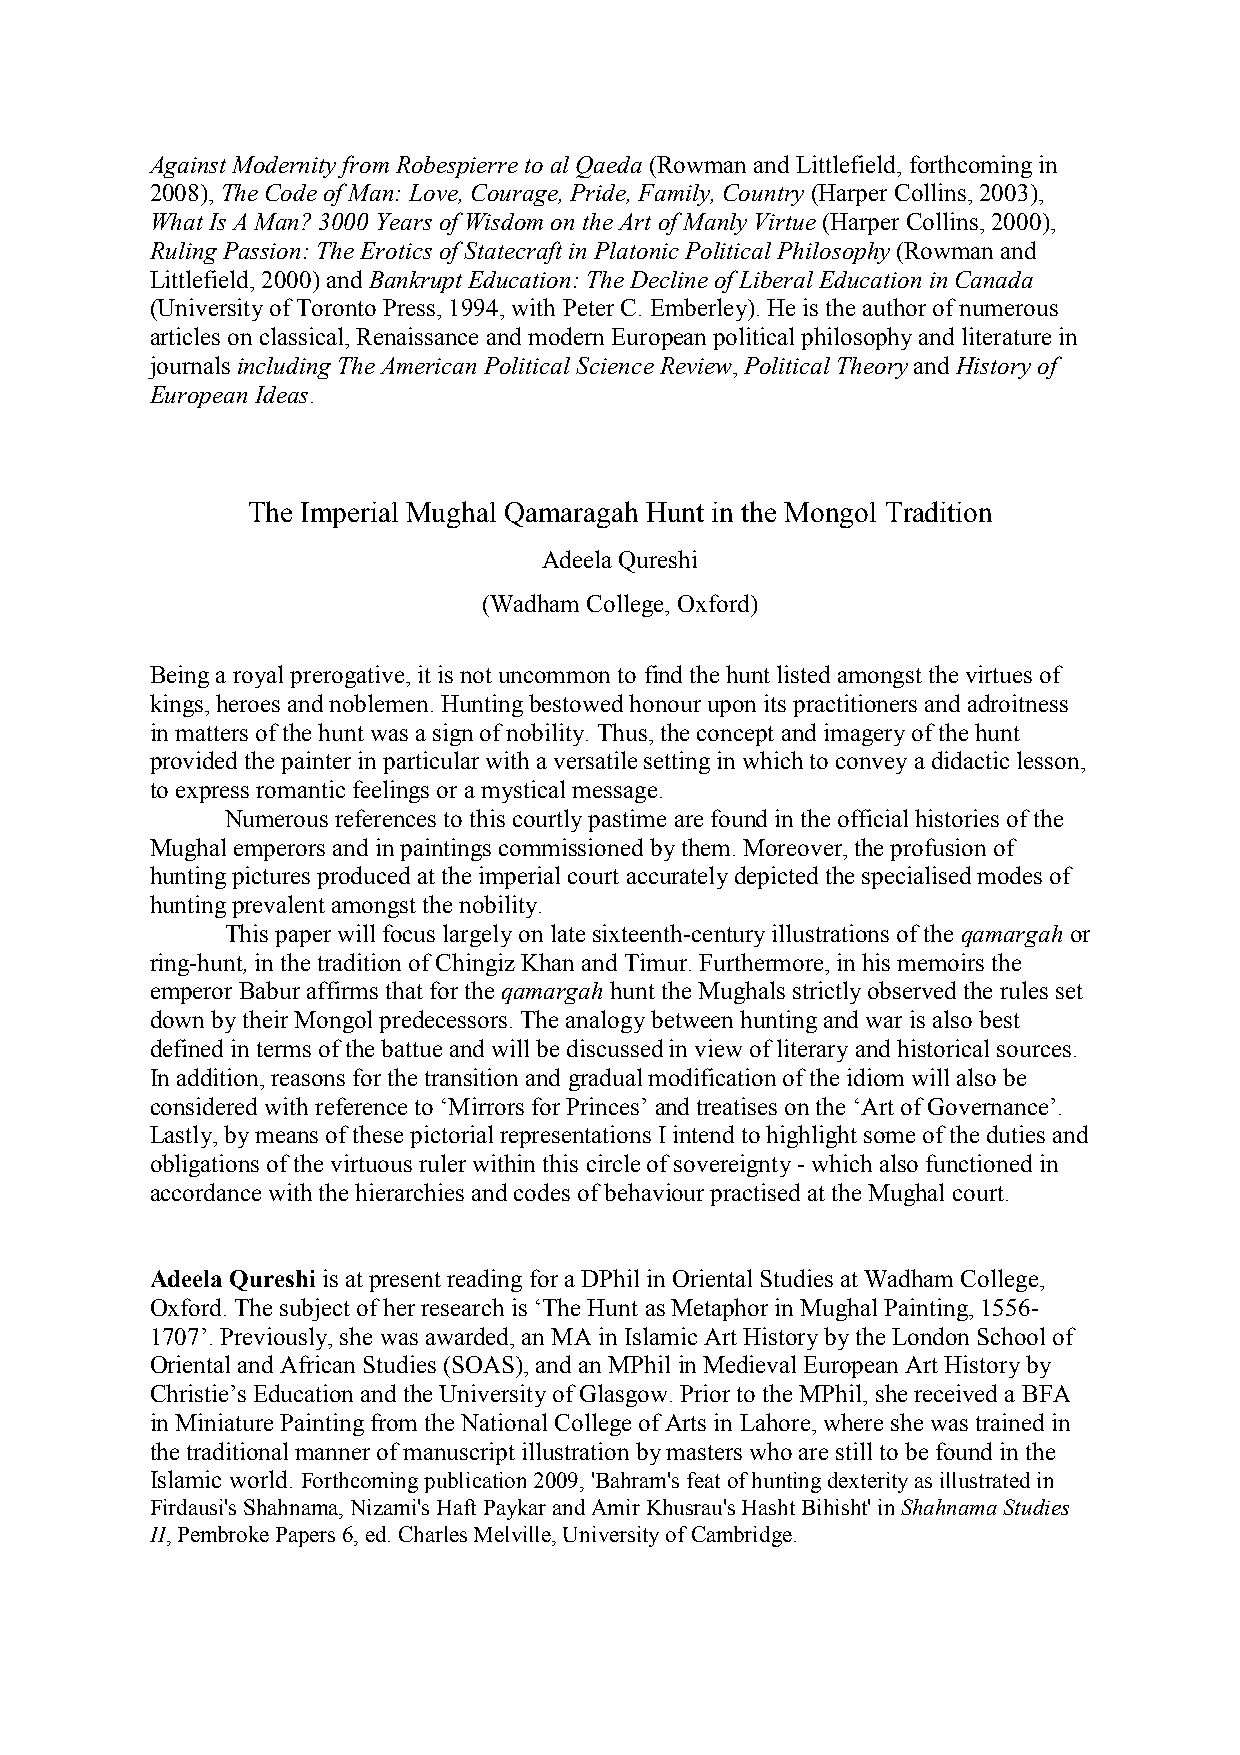
Against Modernity from Robespierre to al Qaeda (Rowman and Littlefield, forthcoming in
 2008), The Code of Man: Love, Courage, Pride, Family, Country (Harper Collins, 2003),
 What Is A Man? 3000 Years of Wisdom on the Art of Manly Virtue (Harper Collins, 2000),
 Ruling Passion: The Erotics of Statecraft in Platonic Political Philosophy (Rowman and
 Littlefield, 2000) and Bankrupt Education: The Decline of Liberal Education in Canada
 (University of Toronto Press, 1994, with Peter C. Emberley). He is the author of numerous
 articles on classical, Renaissance and modern European political philosophy and literature in
 journals including The American Political Science Review, Political Theory and History of
 European Ideas.
 The Imperial Mughal Qamaragah Hunt in the Mongol Tradition
 Adeela Qureshi
 (Wadham College, Oxford)
 Being a royal prerogative, it is not uncommon to find the hunt listed amongst the virtues of
 kings, heroes and noblemen. Hunting bestowed honour upon its practitioners and adroitness
 in matters of the hunt was a sign of nobility. Thus, the concept and imagery of the hunt
 provided the painter in particular with a versatile setting in which to convey a didactic lesson,
 to express romantic feelings or a mystical message.
 Numerous references to this courtly pastime are found in the official histories of the
 Mughal emperors and in paintings commissioned by them. Moreover, the profusion of
 hunting pictures produced at the imperial court accurately depicted the specialised modes of
 hunting prevalent amongst the nobility.
 This paper will focus largely on late sixteenth-century illustrations of the qamargah or
 ring-hunt, in the tradition of Chingiz Khan and Timur. Furthermore, in his memoirs the
 emperor Babur affirms that for the qamargah hunt the Mughals strictly observed the rules set
 down by their Mongol predecessors. The analogy between hunting and war is also best
 defined in terms of the battue and will be discussed in view of literary and historical sources.
 In addition, reasons for the transition and gradual modification of the idiom will also be
 considered with reference to ‘Mirrors for Princes’ and treatises on the ‘Art of Governance’.
 Lastly, by means of these pictorial representations I intend to highlight some of the duties and
 obligations of the virtuous ruler within this circle of sovereignty - which also functioned in
 accordance with the hierarchies and codes of behaviour practised at the Mughal court.
 Adeela Qureshi is at present reading for a DPhil in Oriental Studies at Wadham College,
 Oxford. The subject of her research is ‘The Hunt as Metaphor in Mughal Painting, 1556-
 1707’. Previously, she was awarded, an MA in Islamic Art History by the London School of
 Oriental and African Studies (SOAS), and an MPhil in Medieval European Art History by
 Christie’s Education and the University of Glasgow. Prior to the MPhil, she received a BFA
 in Miniature Painting from the National College of Arts in Lahore, where she was trained in
 the traditional manner of manuscript illustration by masters who are still to be found in the
 Islamic world. Forthcoming publication 2009, 'Bahram's feat of hunting dexterity as illustrated in
 Firdausi's Shahnama, Nizami's Haft Paykar and Amir Khusrau's Hasht Bihisht' in Shahnama Studies
 II, Pembroke Papers 6, ed. Charles Melville, University of Cambridge.